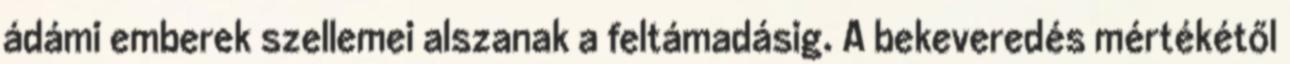
ádámi emberek szellemei alszanak a feltámadásig. A bekeveredés mértékétől